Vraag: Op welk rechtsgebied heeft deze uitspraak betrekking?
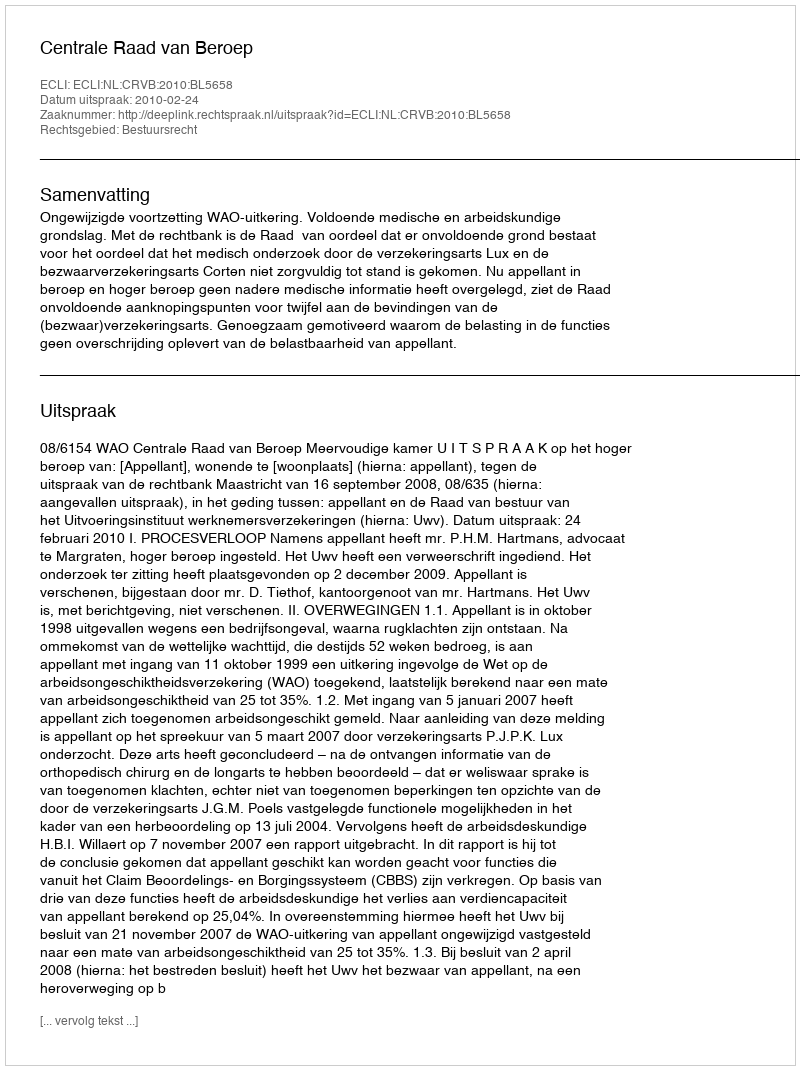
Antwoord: Bestuursrecht